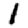
Digit: 1